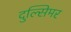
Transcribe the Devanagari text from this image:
दुल्सिमर